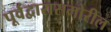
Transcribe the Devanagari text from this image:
पूर्वद्वारासमोरील